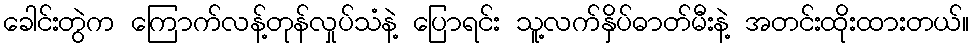
ခေါင်းတွဲက ကြောက်လန့်တုန်လှုပ်သံနဲ့ ပြောရင်း သူ့လက်နှိပ်ဓာတ်မီးနဲ့ အတင်းထိုးထားတယ်။